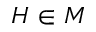
H \in M